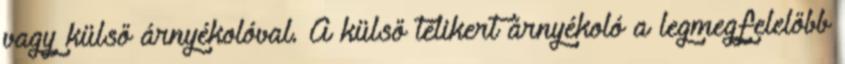
vagy külső árnyékolóval. A külső télikert árnyékoló a legmegfelelőbb